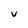
Character: V